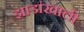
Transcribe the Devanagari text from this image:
झाडांखाली